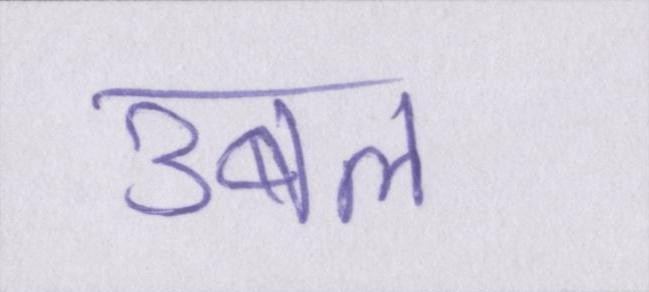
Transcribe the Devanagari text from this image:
उबल